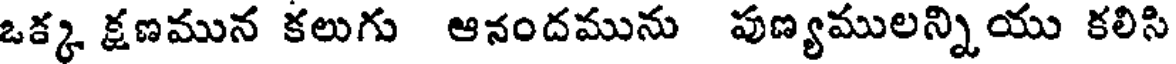
ఒక్క క్షణమున కలుగు ఆనందమును పుణ్యములన్నియు కలిసి